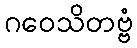
ဂဝေသိတဗ္ဗံ